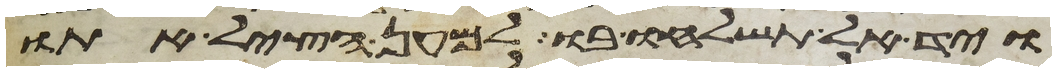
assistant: ויד אל תשלחו בו למען הציל אתו